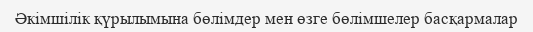
Әкімшілік қүрылымына бөлімдер мен өзге бөлімшелер басқармалар